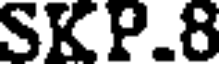
SKP.8